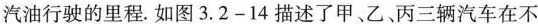
汽油行驶的里程。如图3.2-14描述了甲、乙，丙三辆汽车在不